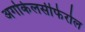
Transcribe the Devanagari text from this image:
अर्गोकेलसीफेरोल